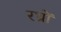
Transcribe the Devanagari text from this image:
रध्राें